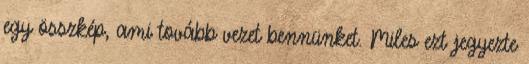
egy összkép, ami tovább vezet bennünket. Miles ezt jegyezte